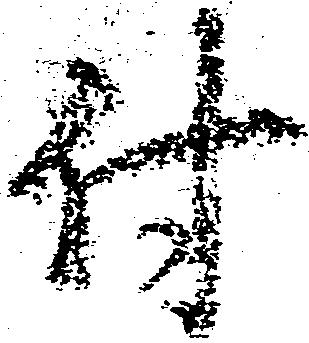
付